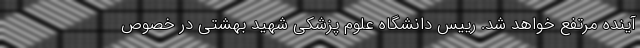
آینده مرتفع خواهد شد. رییس دانشگاه علوم پزشکی شهید بهشتی در خصوص